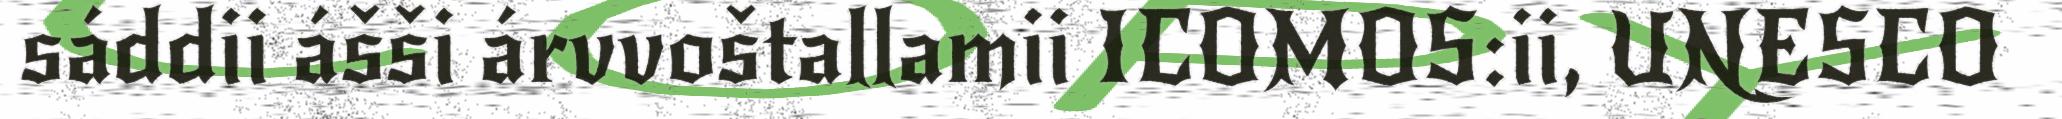
sáddii ášši árvvoštallamii ICOMOS:ii, UNESCO